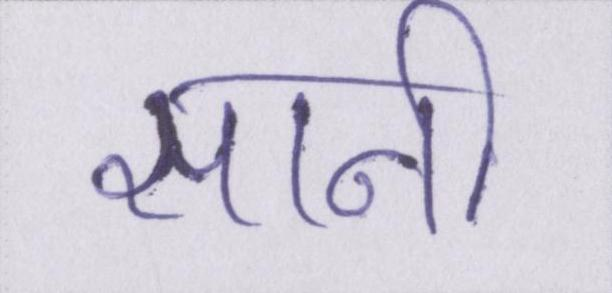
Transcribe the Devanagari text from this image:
सानी